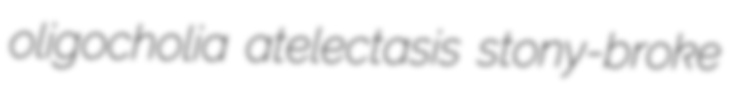
oligocholia atelectasis stony-broke